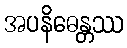
အပနိဓေန္တဿ